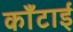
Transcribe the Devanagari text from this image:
काँटाई